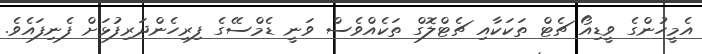
އެމީހުންގެ ވީޑިއޯ ޗެޓް ތަކަކާއި ޗެޓްލޮގް ތަކެއްވެސް ވަނީ ޑެމްސޭގެ ފިރިހެންދަރިފުޅަށް ފެނިފައެވެ.